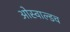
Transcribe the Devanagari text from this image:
ओस्वाल्डच